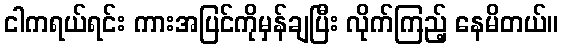
ငါကရယ်ရင်း ကားအပြင်ကိုမှန်ချပြီး လိုက်ကြည့် နေမိတယ်။